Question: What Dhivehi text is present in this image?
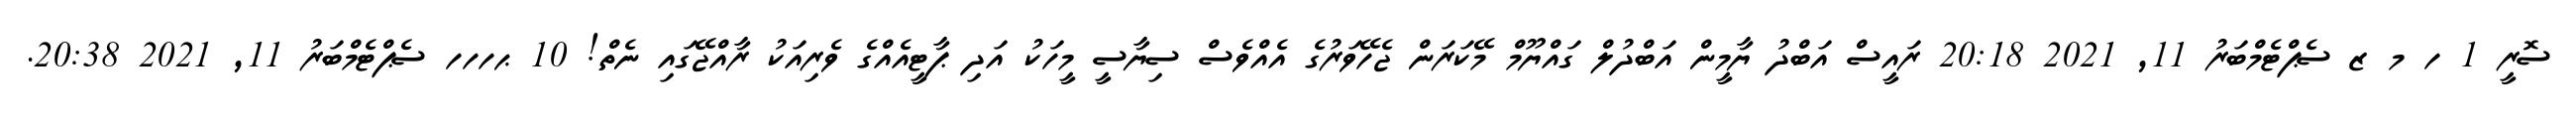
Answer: ސޮރީ 1 ހ މ ޒ ސެޕްޓެމްބަރު 11, 2021 20:18 ރައީސް އަބްދު ޔާމީން އަބްދުލް ގައްޔޫމް މޭކަރަން ޖެހޭވަރުގެ އެއްވެސް ސިޔާސީ މީހަކު އަދި ޕާޓީއެއްގެ ވެރިއަކު ރާއްޖޭގައި ނެތް! 10 ޙހހހ ސެޕްޓެމްބަރު 11, 2021 20:38.